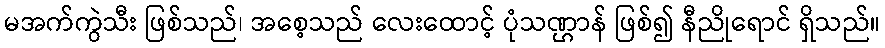
မအက်ကွဲသီး ဖြစ်သည်၊ အစေ့သည် လေးထောင့် ပုံသဏ္ဌာန် ဖြစ်၍ နီညိုရောင် ရှိသည်။